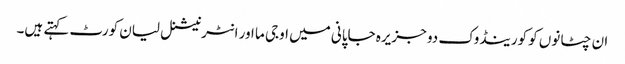
ان چٹانوں کو کورینڈوک دو جزیرہ جاپانی میں اوجی ما اور انٹرنیشنل لیان کورٹ کہتے ہیں۔